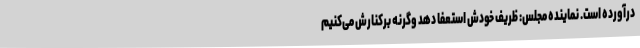
درآورده است. نماینده مجلس: ظریف خودش استعفا دهد وگرنه برکنارش می‌کنیم